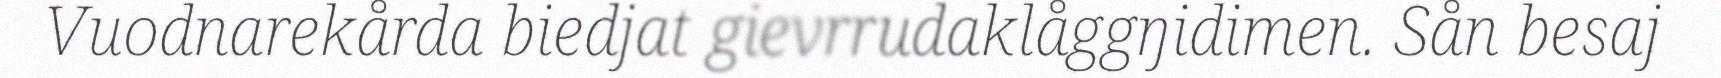
Vuodnarekårda biedjat gievrrudaklåggŋidimen. Sån besaj